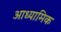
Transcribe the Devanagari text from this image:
आध्‍यामिक